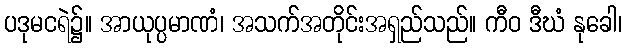
ပဒုမငရဲ၌။ အာယုပ္ပမာဏံ၊ အသက်အတိုင်းအရှည်သည်။ ကီဝ ဒီဃံ နုခေါ၊